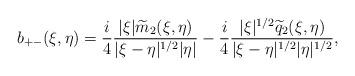
LaTeX: \begin{align*}b_{+-}(\xi,\eta) & = \frac{i}{4}\frac{|\xi| \widetilde{m}_2(\xi,\eta)}{|\xi-\eta|^{1/2} |\eta|} - \frac{i}{4}\frac{|\xi|^{1/2} \widetilde{q}_2(\xi,\eta)}{|\xi-\eta|^{1/2}|\eta|^{1/2} },\end{align*}